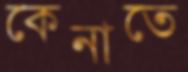
কেনাতে